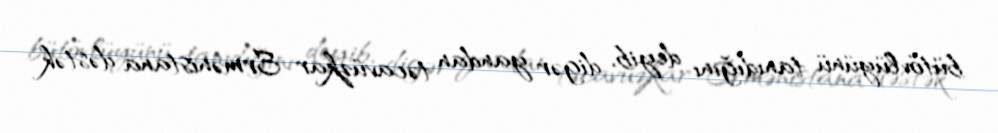
bütövlüyünü tanıdığını deyib, digər yandan təcavüzkar Ermənistana dəstək